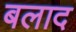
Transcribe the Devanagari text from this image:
बलाद